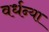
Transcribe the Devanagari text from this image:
वर्धन्या